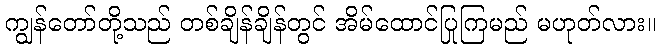
ကျွန်တော်တို့သည် တစ်ချိန်ချိန်တွင် အိမ်ထောင်ပြုကြမည် မဟုတ်လား။